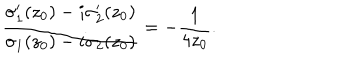
LaTeX: \frac { { \sigma } _ { 1 } ^ { \prime } ( z _ { 0 } ) - i { \sigma } _ { 2 } ^ { \prime } ( z _ { 0 } ) } { { \sigma } _ { 1 } ( z _ { 0 } ) - i { \sigma } _ { 2 } ( z _ { 0 } ) } = - \frac { 1 } { 4 z _ { 0 } } .